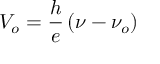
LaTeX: V _ { o } = { \frac { h } { e } } \left( \nu - \nu _ { o } \right)